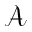
\mathcal { A }